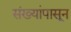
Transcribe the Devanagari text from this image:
संख्यांपासून